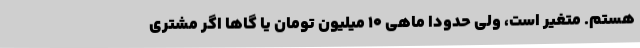
هستم. متغیر است، ولی حدودا ماهی 10 میلیون تومان یا گاها اگر مشتری